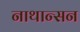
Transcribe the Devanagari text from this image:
नाथान्सन